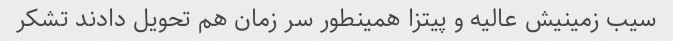
سیب زمینیش عالیه و پیتزا همینطور سر زمان هم تحویل دادند تشکر